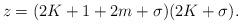
LaTeX: \begin{align*}z=(2K+1+2m+\sigma)(2K+\sigma). \end{align*}